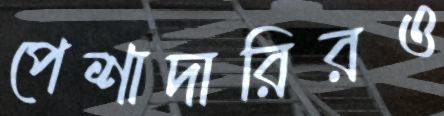
পেশাদারিরও